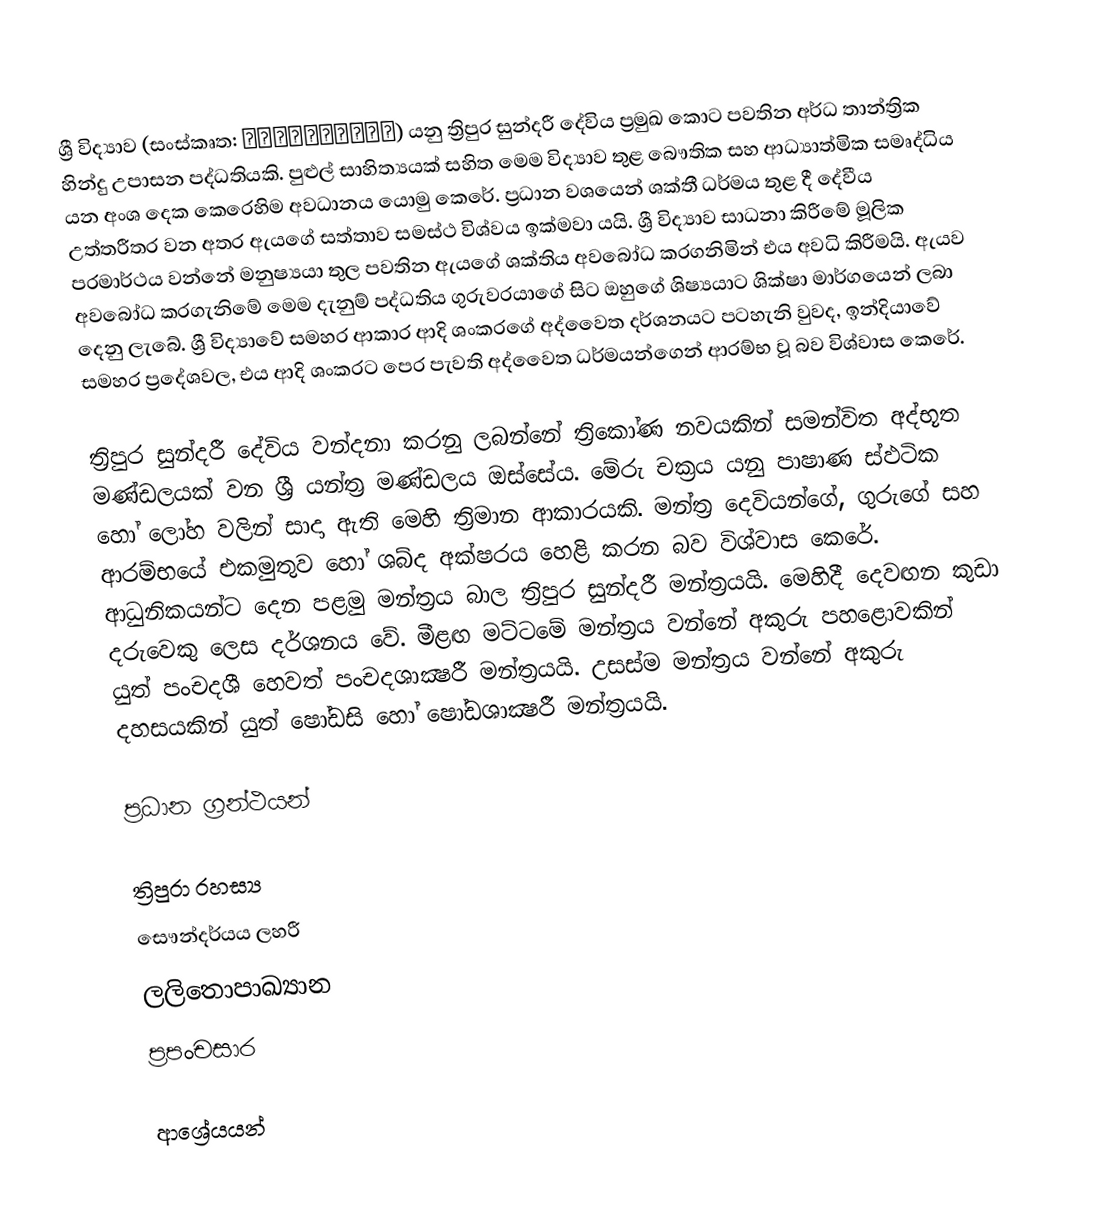
ශ්‍රී විද්‍යාව (සංස්කෘත: श्रीविद्या) යනු ත්‍රිපුර සුන්දරී දේවිය ප්‍රමුඛ කොට පවතින අර්ධ තාන්ත්‍රික හින්දු උපාසන පද්ධතියකි.  පුළුල් සාහිත්‍යයක් සහිත මෙම විද්‍යාව තුළ බෞතික සහ ආධ්‍යාත්මික සමෘද්ධිය යන අංශ දෙක කෙරෙහිම අවධානය යොමු කෙරේ. ප්‍රධාන වශයෙන් ශක්තී ධර්මය තුළ දී දේවීය උත්තරීතර වන අතර  ඇයගේ සත්තාව සමස්ථ විශ්වය ඉක්මවා යයි. ශ්‍රී විද්‍යාව සාධනා කිරීමේ මූලික පරමාර්ථය වන්නේ මනුෂ්‍යයා තුල පවතින ඇයගේ ශක්තිය අවබෝධ කරගනිමින් එය අවධි කිරීමයි. ඇයව අවබෝධ කරගැනිමේ මෙම දැනුම් පද්ධතිය ගුරුවරයාගේ සිට ඔහුගේ ශිෂ්‍යයාට ශික්ෂා මාර්ගයෙන් ලබා දෙනු ලැබේ. ශ්‍රී විද්‍යාවේ සමහර ආකාර ආදි ශංකරගේ අද්වෛත දර්ශනයට පටහැනි වුවද, ඉන්දියාවේ සමහර ප්‍රදේශවල, එය ආදි ශංකරට පෙර පැවති අද්වෛත ධර්මයන්ගෙන් ආරම්භ වූ බව විශ්වාස කෙරේ.

ත්‍රිපුර සුන්දරී දේවිය වන්දනා කරනු ලබන්නේ ත්‍රිකෝණ නවයකින් සමන්විත අද්භූත මණ්ඩලයක් වන ශ්‍රී යන්ත්‍ර මණ්ඩලය ඔස්සේය. මේරු චක්‍රය යනු පාෂාණ ස්ඵටික හෝ ලෝහ වලින් සාදා ඇති මෙහි ත්‍රිමාන ආකාරයකි. මන්ත්‍ර දෙවියන්ගේ, ගුරුගේ සහ ආරම්භයේ එකමුතුව හෝ ශබ්ද අක්ෂරය හෙළි කරන බව විශ්වාස කෙරේ. ආධුනිකයන්ට දෙන පළමු මන්ත්‍රය බාල ත්‍රිපුර සුන්දරී මන්ත්‍රයයි. මෙහිදී දෙවඟන කුඩා දරුවෙකු ලෙස දර්ශනය වේ. මීළඟ මට්ටමේ මන්ත්‍රය වන්නේ අකුරු පහළොවකින් යුත් පංචදශී හෙවත් පංචදශාක්‍ෂරී මන්ත්‍රයයි. උසස්ම මන්ත්‍රය වන්නේ අකුරු දහසයකින් යුත් ෂෝඩසි හෝ ෂෝඩශාක්‍ෂරී මන්ත්‍රයයි.

ප්‍රධාන ග්‍රන්ථයන්

 ත්‍රිපුරා රහස්‍ය
 සෞන්දර්යය ලහරී
 ලලිතොපාඛ්‍යාන
 ප්‍රපංචසාර

ආශ්‍රේයයන්